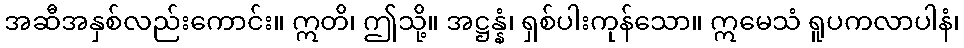
အဆီအနှစ်လည်းကောင်း။ ဣတိ၊ ဤသို့။ အဋ္ဌန္နံ၊ ရှစ်ပါးကုန်သော။ ဣမေသံ ရူပကလာပါနံ၊